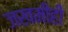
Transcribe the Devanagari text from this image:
जखमीही